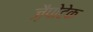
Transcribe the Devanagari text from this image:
ज़ैपोटेक